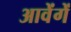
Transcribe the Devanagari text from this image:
आवेंगें